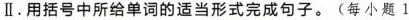
Ⅱ.用括号中所给单词的适当形式完成句子。(每小题 1